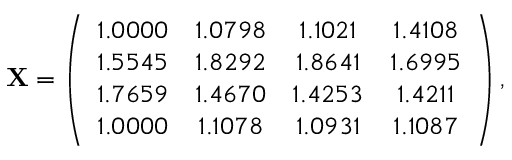
\mathbf { X } = \left( \begin{array} { c c c c } { 1 . 0 0 0 0 } & { 1 . 0 7 9 8 } & { 1 . 1 0 2 1 } & { 1 . 4 1 0 8 } \\ { 1 . 5 5 4 5 } & { 1 . 8 2 9 2 } & { 1 . 8 6 4 1 } & { 1 . 6 9 9 5 } \\ { 1 . 7 6 5 9 } & { 1 . 4 6 7 0 } & { 1 . 4 2 5 3 } & { 1 . 4 2 1 1 } \\ { 1 . 0 0 0 0 } & { 1 . 1 0 7 8 } & { 1 . 0 9 3 1 } & { 1 . 1 0 8 7 } \end{array} \right) ,